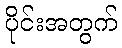
ပိုင်းအတွက်